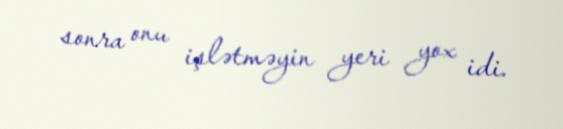
sonra onu işlətməyin yeri yox idi.